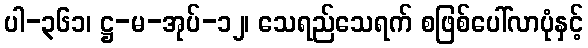
ပါ-၃၆၁၊ ဋ္ဌ-မ-အုပ်-၁၂၊ သေရည်သေရက် စဖြစ်ပေါ်လာပုံနှင့်